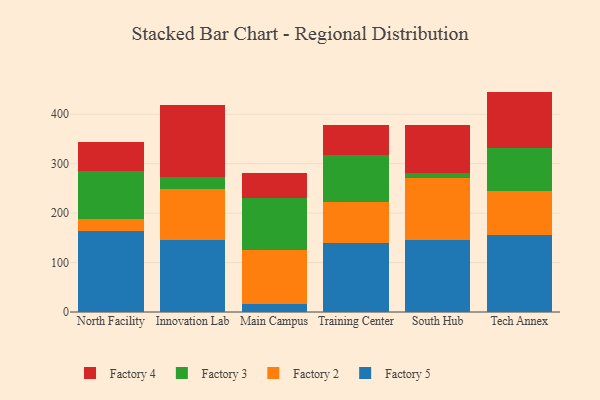
{"axis": {"x": "Campus", "y": "Latency (ms)"}, "legend": ["Factory 2", "Factory 3", "Factory 4", "Factory 5"], "data": [{"x": "North Facility", "y": 164.4, "type": "Factory 5"}, {"x": "North Facility", "y": 23.0, "type": "Factory 2"}, {"x": "North Facility", "y": 97.2, "type": "Factory 3"}, {"x": "North Facility", "y": 58.6, "type": "Factory 4"}, {"x": "Innovation Lab", "y": 145.6, "type": "Factory 5"}, {"x": "Innovation Lab", "y": 103.2, "type": "Factory 2"}, {"x": "Innovation Lab", "y": 23.9, "type": "Factory 3"}, {"x": "Innovation Lab", "y": 146.2, "type": "Factory 4"}, {"x": "Main Campus", "y": 16.7, "type": "Factory 5"}, {"x": "Main Campus", "y": 109.2, "type": "Factory 2"}, {"x": "Main Campus", "y": 104.9, "type": "Factory 3"}, {"x": "Main Campus", "y": 49.3, "type": "Factory 4"}, {"x": "Training Center", "y": 138.8, "type": "Factory 5"}, {"x": "Training Center", "y": 83.1, "type": "Factory 2"}, {"x": "Training Center", "y": 95.2, "type": "Factory 3"}, {"x": "Training Center", "y": 61.2, "type": "Factory 4"}, {"x": "South Hub", "y": 146.1, "type": "Factory 5"}, {"x": "South Hub", "y": 124.7, "type": "Factory 2"}, {"x": "South Hub", "y": 10.7, "type": "Factory 3"}, {"x": "South Hub", "y": 97.6, "type": "Factory 4"}, {"x": "Tech Annex", "y": 156.0, "type": "Factory 5"}, {"x": "Tech Annex", "y": 88.3, "type": "Factory 2"}, {"x": "Tech Annex", "y": 88.0, "type": "Factory 3"}, {"x": "Tech Annex", "y": 113.4, "type": "Factory 4"}]}